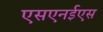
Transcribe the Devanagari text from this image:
एसएनईएस